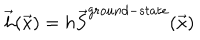
\vec { h } ( \vec { x } ) = h \vec { S } ^ { g r o u n d - s t a t e } ( \vec { x } )